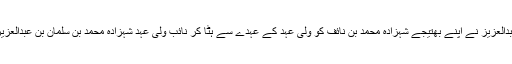
سعودی فرماں روا شاہ سلمان بن عبدالعزیز نے اپنے بھتیجے شہزادہ محمد بن نائف کو ولی عہد کے عہدے سے ہٹا کر نائب ولی عہد شہزادہ محمد بن سلمان بن عبدالعزیز کو نیا ولی عہد مقرر کر دیا ہے۔